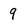
Character: 9